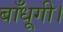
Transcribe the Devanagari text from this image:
बाँधूगी।